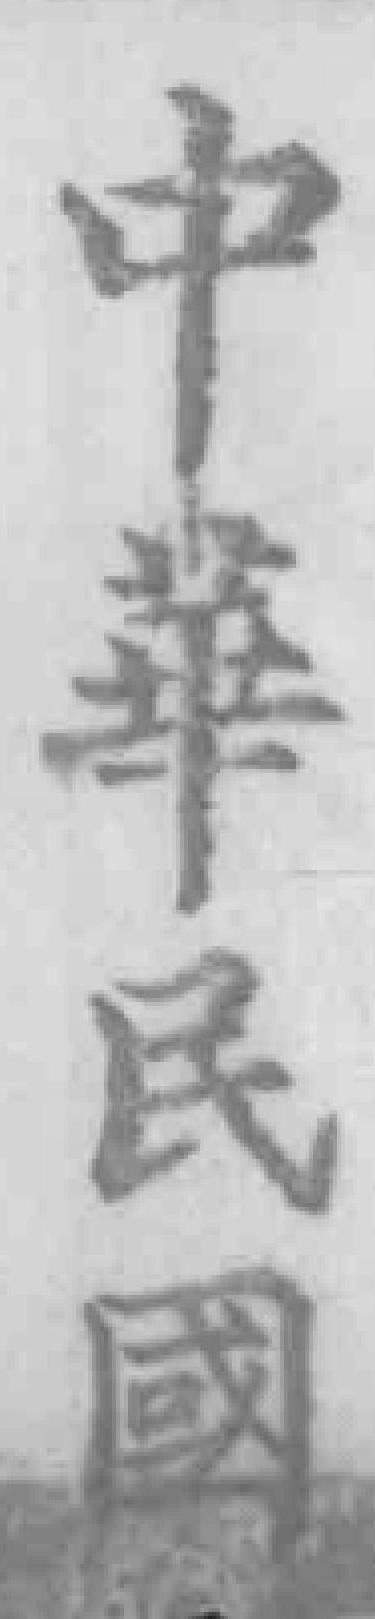
中華民國